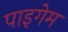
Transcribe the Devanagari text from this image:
पाइगेम